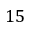
1 5